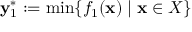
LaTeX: \mathbf { y } _ { 1 } ^ { * } : = \operatorname* { m i n } \{ f _ { 1 } ( \mathbf { x } ) \mid \mathbf { x } \in X \}